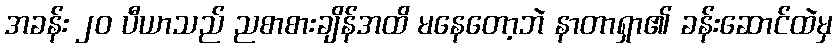
အခန်း ၂၀ ပီယာသည် ညစာစားချိန်အထိ မနေတော့ဘဲ နာတာရှာ၏ ခန်းဆောင်ထဲမှ